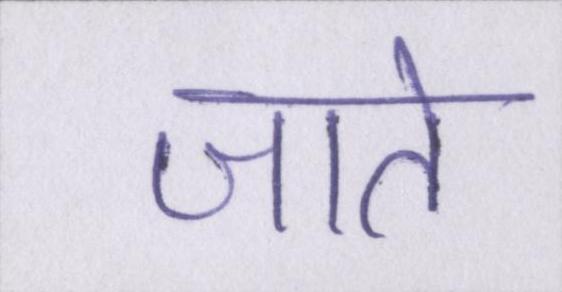
जाते